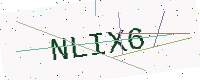
Text: NLIX6